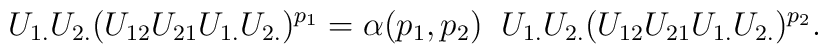
U_{1.} U_{2.}( U_{12} U_{21}U_{1.} U_{2.} )^{p_1}=\alpha(p_1,p_2) \;\;U_{1.} U_{2.}( U_{12} U_{21}U_{1.} U_{2.} )^{p_2}.